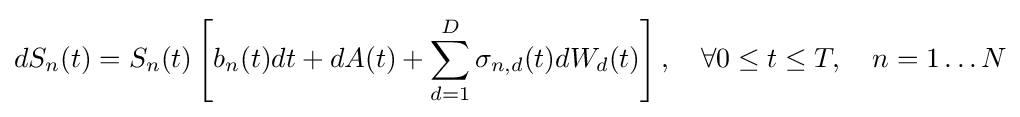
dS_{n}(t)=S_{n}(t)\left[b_{n}(t)dt+dA(t)+\sum _{d=1}^{D}\sigma _{n,d}(t)dW_{d}(t)\right],\quad \forall 0\leq t\leq T,\quad n=1\ldots N